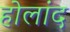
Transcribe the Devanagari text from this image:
होलांद